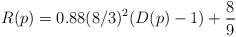
LaTeX: \begin{align*}R(p) = 0.88(8/3)^2(D(p)-1) + \frac{8}{9}\end{align*}